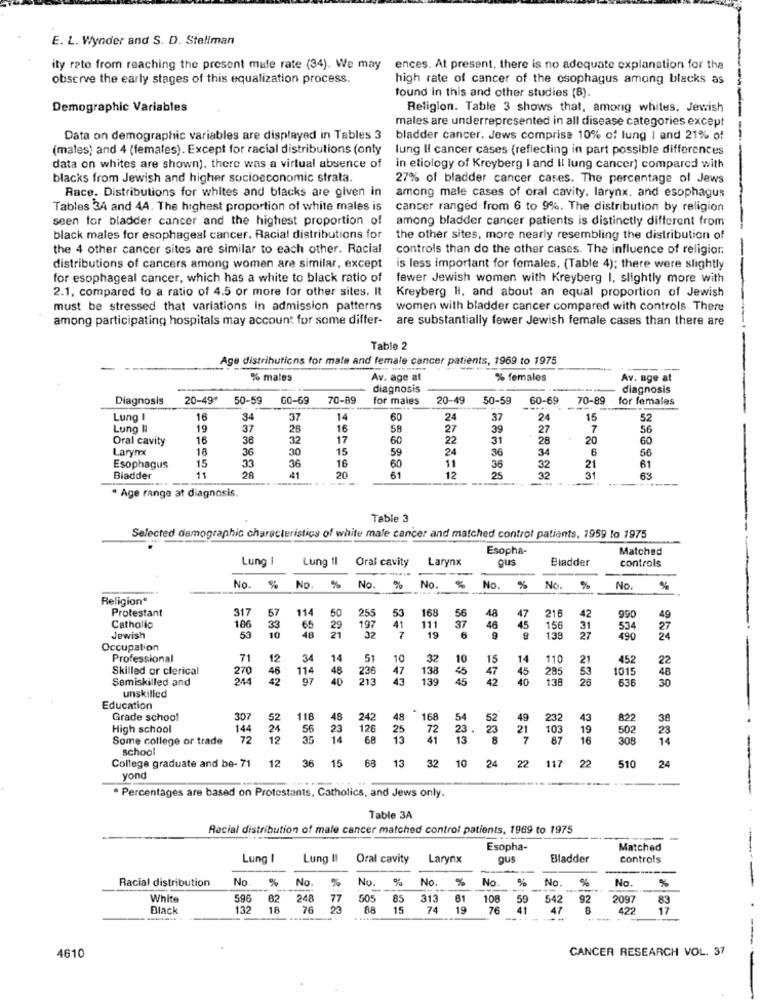
E. L. Wynder and S. D. Steliman
ity rato from reaching the present male rate (34). We may
ences. At present, there is no adequate explanation for the
observe the early stages of this equalization process.
high rate of cancer of the osophagus among blacks as
found In this and other studies (B).
Demographic Variables
Religion. Table 3 shows that, among whites, Jewish
males are underrepresented in all disease categories except
Data on demographic variables are displayed in Tables 3
bladder cancer. Jews comprise 10% of lung I and 21% of
(males) and 4 (females). Except for racial distributions (only
lung Il cancer cases (reflecting in part possible differences
data on whites are shown), there was a virtual absence of
in etiology of Kreyberg I and II lung cancer) compared with
blacks from Jewish and higher socioeconomic strata.
27% of bladder cancer cases. The percentage of Jews
Race. Distributions for whites and blacks are given in
among male cases of oral cavity. larynx, and esophagus
Tables 34 and 44. The highest proportion of white males is
cancer ranged from 6 to 9%. The distribution by religion
seen for bladder cancer and the highest proportion of
among bladder cancer patients is distinctly different from
black males for esophageal cancer. Racial distributions for
the other sites, more nearly resembling the distribution of
the 4 other cancer sites are similar to each other. Racial
controls than do the other cases. The influence of religion.
distributions of cancers among women are similar, except
is less important for females, (Table 4); there were slightly
for esophageal cancer, which has a white to black ratio of
fewer Jewish women with Kreyberg I, slightly more with
2.1. compared to a ratio of 4.5 or more for other sites. It
Kreyberg Il, and about an equal proportion of Jewish
must be stressed that variations in admission patterns
women with bladder cancer compared with controls. There
among participating hospitals may account for some differ-
are substantially fewer Jewish female cases than there are
Table
Age distributions for male and female cancer patients, 1969 to 1975
% males
Av. age at
% females
Av. age at
diagnosis
diagnosis
Diagnosis
20-49*
50-59
GO-69
70-89
for maies
20-49
50-59
60-69
70-89
for females
Lung
16
34
37
14
60
24
37
2
15
52
Lung I
19
37
28
16
58
27
39
27
7
56
Oral cavity
16
36
32
17
60
22
31
28
20
60
Larynx
18
36
30
15
59
24
36
34
6
56
60
Esophagus
15
33
36
16
61
11
36
32
32
21
61
Bladder
11
28
20
12
25
31
63
· Age range at diagnosis.
Table 3
Selected demographic characteristics of white male cancer and matched control patients, 1959 lo 1975
Esopha-
Matched
Lung I
Lung Il
Oral cavity
Larynx
ous
Bladder
controls
No.
No. %
No.
%
No.
%
No. %
No.
%
No.
%
Religion*
Protestant
317
114
57
5
53
168
56
48
47
216
42
990
49
Catholic
106
33
10
65
29
21
197
41
111
37
46
45
156
31
534
27
20
Jewish
48
138
2
490
Occupation
Professional
71
12
34
14
10
32
10
15
14
110
21
452
22
Skilled or clerical
270
46
114
48
47
138
45
45
285
53
1015
48
Semiskilled and
244
42
97
139
45
42
40
1.36
26
636
30
unskilled
Education
Grade school
307
52
118
48
242
48
168
54
49
232
43
822
38
High school
144
24
56
23
126
25
72
23.
103
19
502
23
Some college or trade
72
12
35
14
68
13
41
13
87
16
308
14
school
College graduate and be- 71
12
36
15
68 13
32 10 24 22 117 2
88º ₹
510
24
yon
. Percentages are based on Protestants, Catholics, and Jews only.
Table 3A
Racial distribution of male cancer matched control patients, 1969 to 1975
----
Esopha-
Matched
Lung
Lung I!
Oral cavity
Larynx
gus
Bladder
controls
Racial distribution
No.
No.
%
No.
No.
%
No.
No.
%
No.
%
%
White
596
82
248
77
505
85
313
81
108
59
542
92
2097
83
Black
132
18
76
23
88
15
74
19
76
41
47
8
422
17
---
4610
CANCER RESEARCH VOL. 37